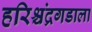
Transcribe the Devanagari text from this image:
हरिश्चंद्रगडाला